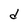
Character: d